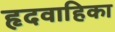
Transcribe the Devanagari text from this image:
हृदवाहिका